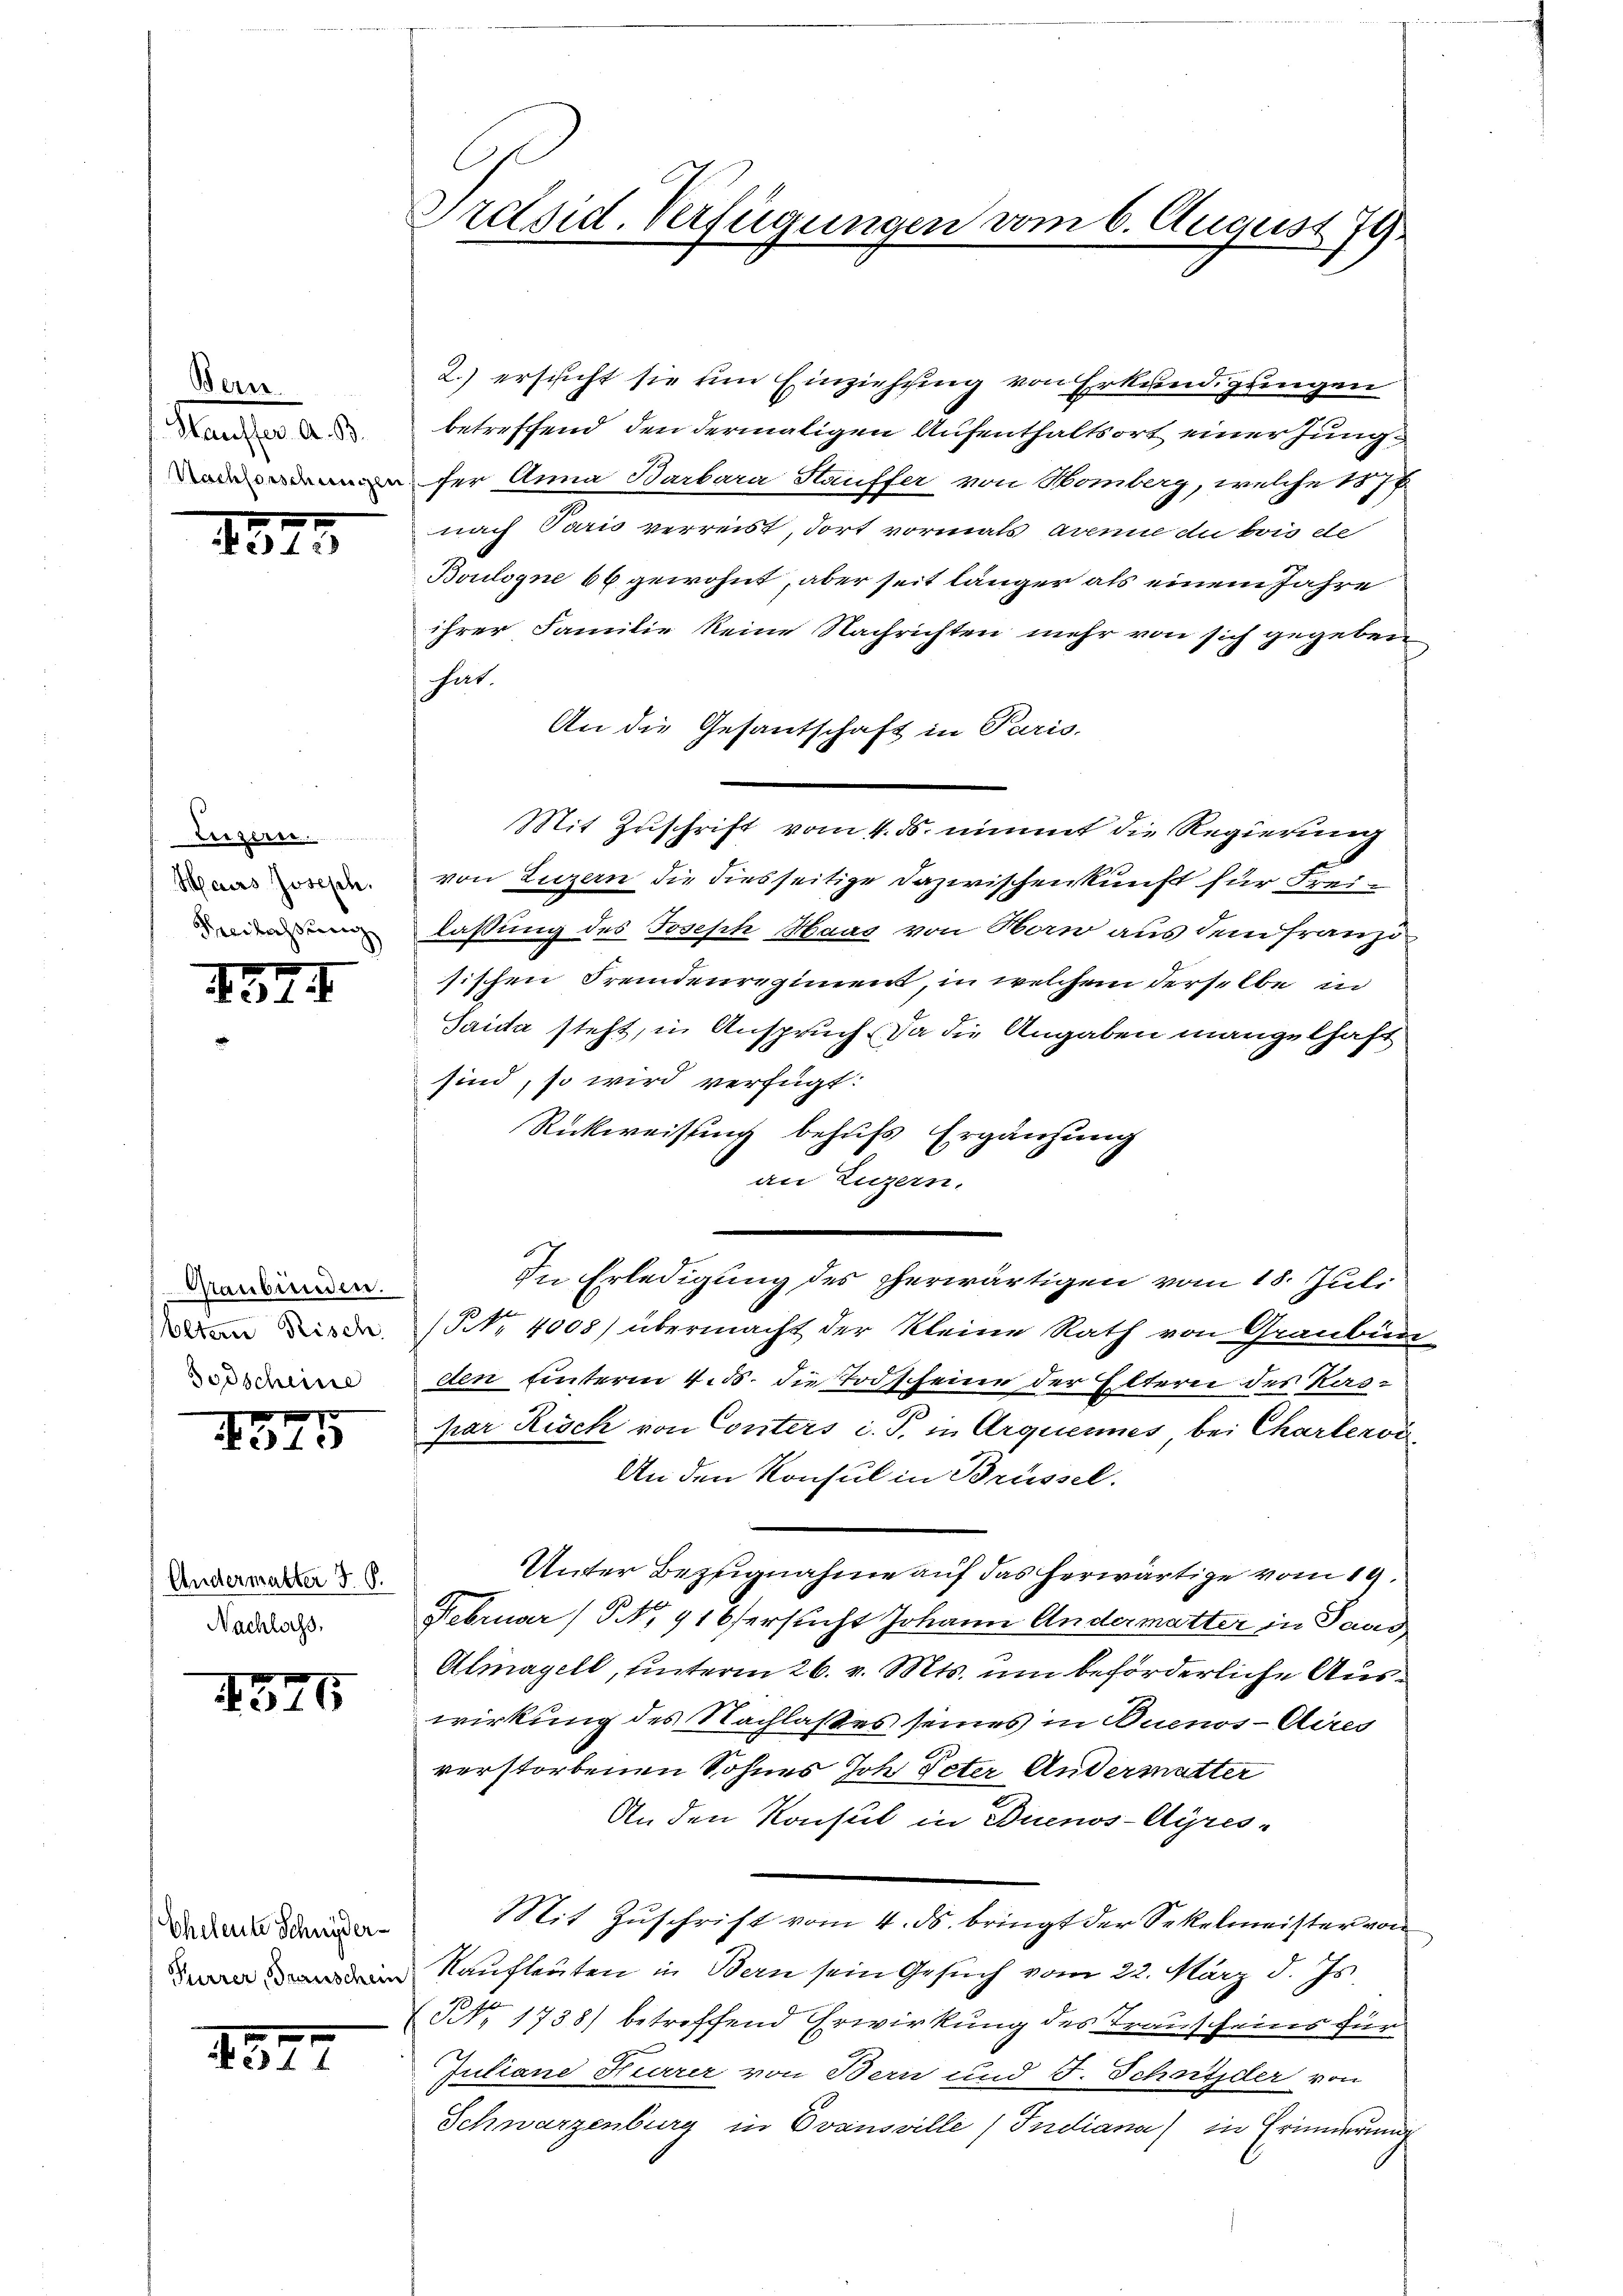
Bern.
Hauffer. A. B.
Nachforschungen

1525

eizern
Mairs Joseph.
Heilassung

4371

Graubünden.
Eltern Risch.
Todscheine

1575

Andermutter J. G.
Nachlachs,

1575

Eheleute Schnyder-
Furrer, Transchein

2574

Präsid. Verfügungen vom 6. August 179

2.) ersicht sie um Einziehung von Erkundigungen
betreffend den dermaligen Aufenthaltsort einer Jungfer Anna Barbara Häuffer von Homberg, welche 1878
nach Paris verreist, dort vormals avenie du bois de
Boulogne 66 gewohnt, aber seit länger als einem Jahre
ihrer Familie keine Nachrichten mehr von sich gegeben
hat.
An die Gesantschaft in Paris.
Mit Zuschrift vom 4. ds. nimmt die Regierung
von Luzern die diesseitige Dazwischenkunft für Freilaßung des Joseph Haas von Man aus dem Franzisischen Fremdenregiment, in welchem derselbe in
Santa steht, in Anspruch da die Angaben mangelhaft
sind, so wird verfügt:
Rückweisung behufs Ergänzung
an Luzern,
In Erledigung des herwärtigen vom 18. Juli
NNo. 4008) übermacht der kleine Rath von Graubün
den hinterm 4. ds. die Todscheine der Elterei des Kaspar Risch von Conters i. S. in Arquennes bei Charlervi
An den Konsul in Brüssel.
Unter Bezugnahme auf das herwärtige vom 19.
Februar (S. 916 ersucht Johann Andermatter in Pass,
Almagell, unterm 26. v. Mts. um beförderliche Auswirkung des Nachlaßes seines in Buenos-Aires
verstorbenen Sohnes Joh. Peter Andermatter
An den Konsul in Buenos-Ayres-
Mit Zuschrift vom 4. ds. bringt der Sekelmeister von
Kaufleuten in Bern sein Gesuch vom 22. März d. Js.
NNo. 1738) betreffend Erwirkung des Transcheins für
Juliane Heerer von Bern und F. Schnyder von
Schwarzenburg in Ovansville Indiana in Erinnerung